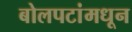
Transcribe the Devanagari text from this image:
बोलपटांमधून